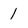
Character: 1